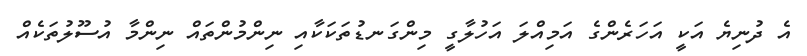
އެ ދުނިޔެ އަކީ އަހަރެންގެ އަމިއްލަ އަހުލާގީ މިންގަނޑުތަކަކާއި ނިންމުންތައް ނިންމާ އުސޫލުތަކެއް